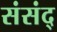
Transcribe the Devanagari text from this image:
संसंद्